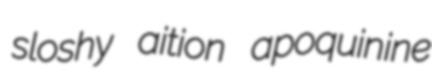
sloshy aition apoquinine